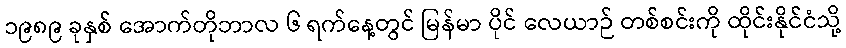
၁၉၈၉ ခုနှစ် အောက်တိုဘာလ ၆ ရက်နေ့တွင် မြန်မာ ပိုင် လေယာဉ် တစ်စင်းကို ထိုင်းနိုင်ငံသို့